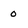
Character: 0